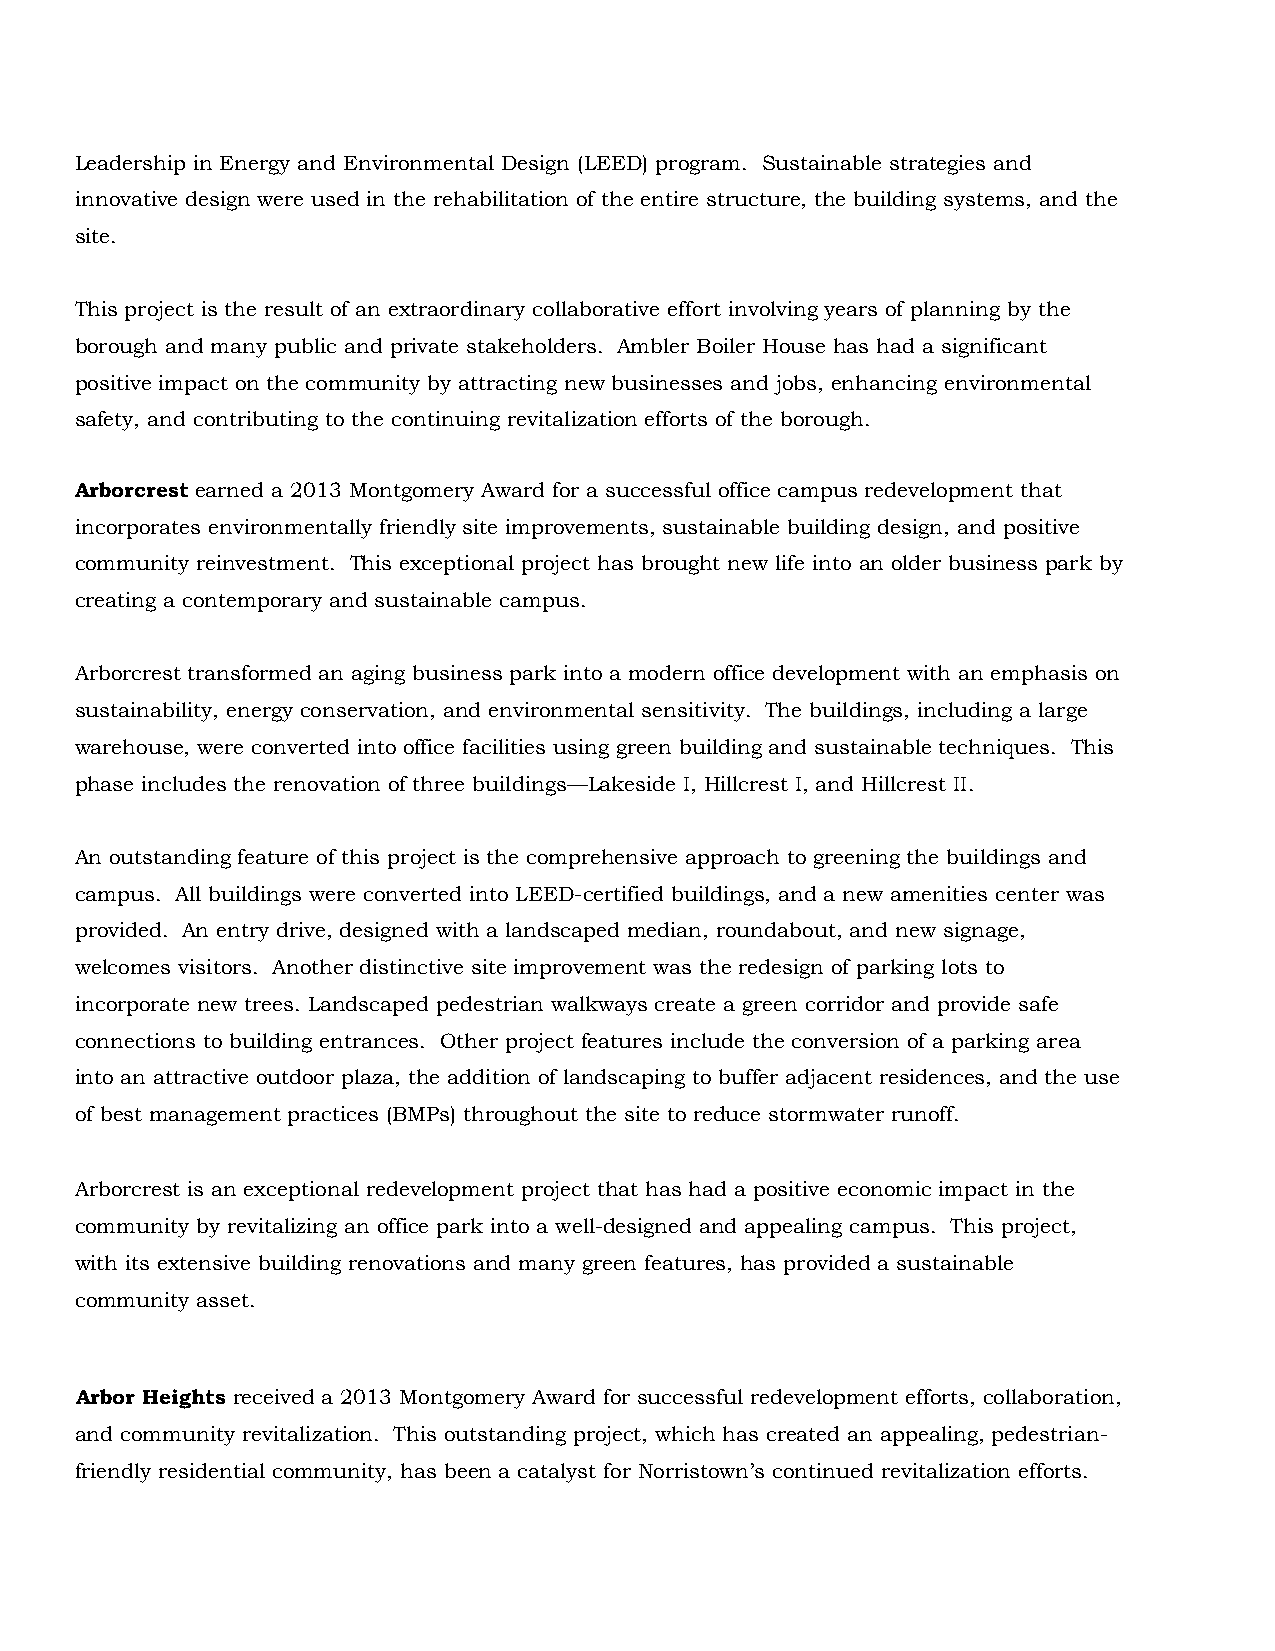
Leadership in Energy and Environmental Design (LEED) program. Sustainable strategies and
 innovative design were used in the rehabilitation of the entire structure, the building systems, and the
 site.
 This project is the result of an extraordinary collaborative effort involving years of planning by the
 borough and many public and private stakeholders. Ambler Boiler House has had a significant
 positive impact on the community by attracting new businesses and jobs, enhancing environmental
 safety, and contributing to the continuing revitalization efforts of the borough.
 Arborcrest earned a 2013 Montgomery Award for a successful office campus redevelopment that
 incorporates environmentally friendly site improvements, sustainable building design, and positive
 community reinvestment. This exceptional project has brought new life into an older business park by
 creating a contemporary and sustainable campus.
 Arborcrest transformed an aging business park into a modern office development with an emphasis on
 sustainability, energy conservation, and environmental sensitivity. The buildings, including a large
 warehouse, were converted into office facilities using green building and sustainable techniques. This
 phase includes the renovation of three buildings—Lakeside I, Hillcrest I, and Hillcrest II.
 An outstanding feature of this project is the comprehensive approach to greening the buildings and
 campus. All buildings were converted into LEED-certified buildings, and a new amenities center was
 provided. An entry drive, designed with a landscaped median, roundabout, and new signage,
 welcomes visitors. Another distinctive site improvement was the redesign of parking lots to
 incorporate new trees. Landscaped pedestrian walkways create a green corridor and provide safe
 connections to building entrances. Other project features include the conversion of a parking area
 into an attractive outdoor plaza, the addition of landscaping to buffer adjacent residences, and the use
 of best management practices (BMPs) throughout the site to reduce stormwater runoff.
 Arborcrest is an exceptional redevelopment project that has had a positive economic impact in the
 community by revitalizing an office park into a well-designed and appealing campus. This project,
 with its extensive building renovations and many green features, has provided a sustainable
 community asset.
 Arbor Heights received a 2013 Montgomery Award for successful redevelopment efforts, collaboration,
 and community revitalization. This outstanding project, which has created an appealing, pedestrian-
 friendly residential community, has been a catalyst for Norristown’s continued revitalization efforts.